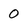
Character: 0